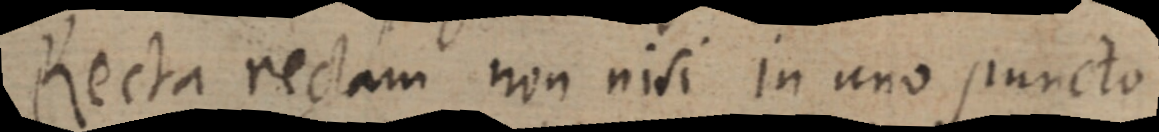
Recta rectam non nisi in uno puncto